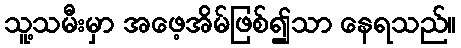
သူ့သမီးမှာ အဖေ့အိမ်ဖြစ်၍သာ နေရသည်။